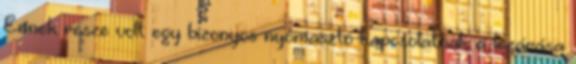
Ennek része volt egy bizonyos nyomasztó kapcsolatnak a lezárása